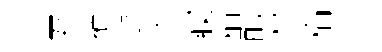
吾擢逰将䆿稍酡材稻